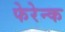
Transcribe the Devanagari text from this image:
फेरेन्क